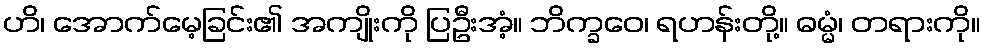
ဟိ၊ အောက်မေ့ခြင်း၏ အကျိုးကို ပြဦးအံ့။ ဘိက္ခဝေ၊ ရဟန်းတို့။ ဓမ္မံ၊ တရားကို။